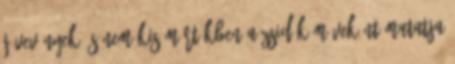
jövevények, s nem kis mértékben a zsidók műveként mutatja